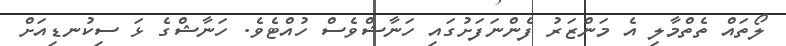
ލޯތައް ތެތްމާލިި އެ މަންޒަރު ފެންނަފަށުގައި ހަނާޝްވެސް ހުއްޓެވެ. ހަނާޝްގެ ޅަ ސިކުނޑިއަށް